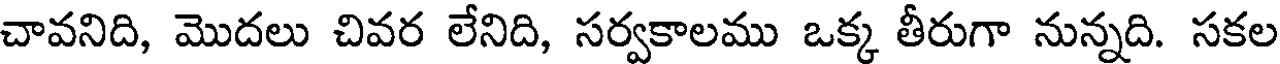
చావనిది, మొదలు చివర లేనిది, సర్వకాలము ఒక్క తీరుగా నున్నది. సకల